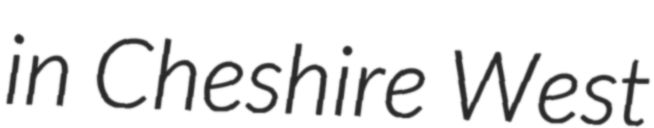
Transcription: in Cheshire West